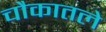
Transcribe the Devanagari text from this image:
चौकातले